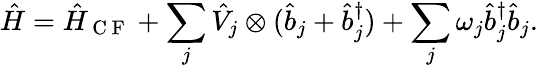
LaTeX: \hat{H}=\hat{H}_{\mathrm{~C~F~}}+\sum_{j}\hat{V}_{j}\otimes(\hat{b}_{j}+\hat{b}_{j}^{\dagger})+\sum_{j}\omega_{j}\hat{b}_{j}^{\dagger}\hat{b}_{j}.